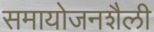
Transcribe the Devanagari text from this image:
समायोजनशैली